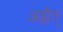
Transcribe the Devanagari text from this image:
अद्वैत्